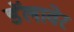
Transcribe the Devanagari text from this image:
डॅलावेर